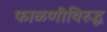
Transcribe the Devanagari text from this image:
फाळणीविरुद्ध